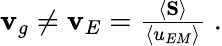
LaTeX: \begin{array}{r}{{\mathbf{v}}_{g}\neq{\mathbf{v}}_{E}=\frac{\left\langle{\mathbf{S}}\right\rangle}{\left\langle u_{EM}\right\rangle}\; .}\end{array}